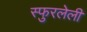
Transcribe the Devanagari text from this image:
स्फुरलेली